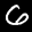
Label: 6